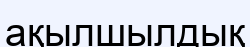
ақылшылдық